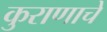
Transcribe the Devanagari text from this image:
कुराणाचें